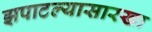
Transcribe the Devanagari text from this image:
झपाटल्यासारखा